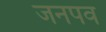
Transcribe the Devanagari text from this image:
जनपव